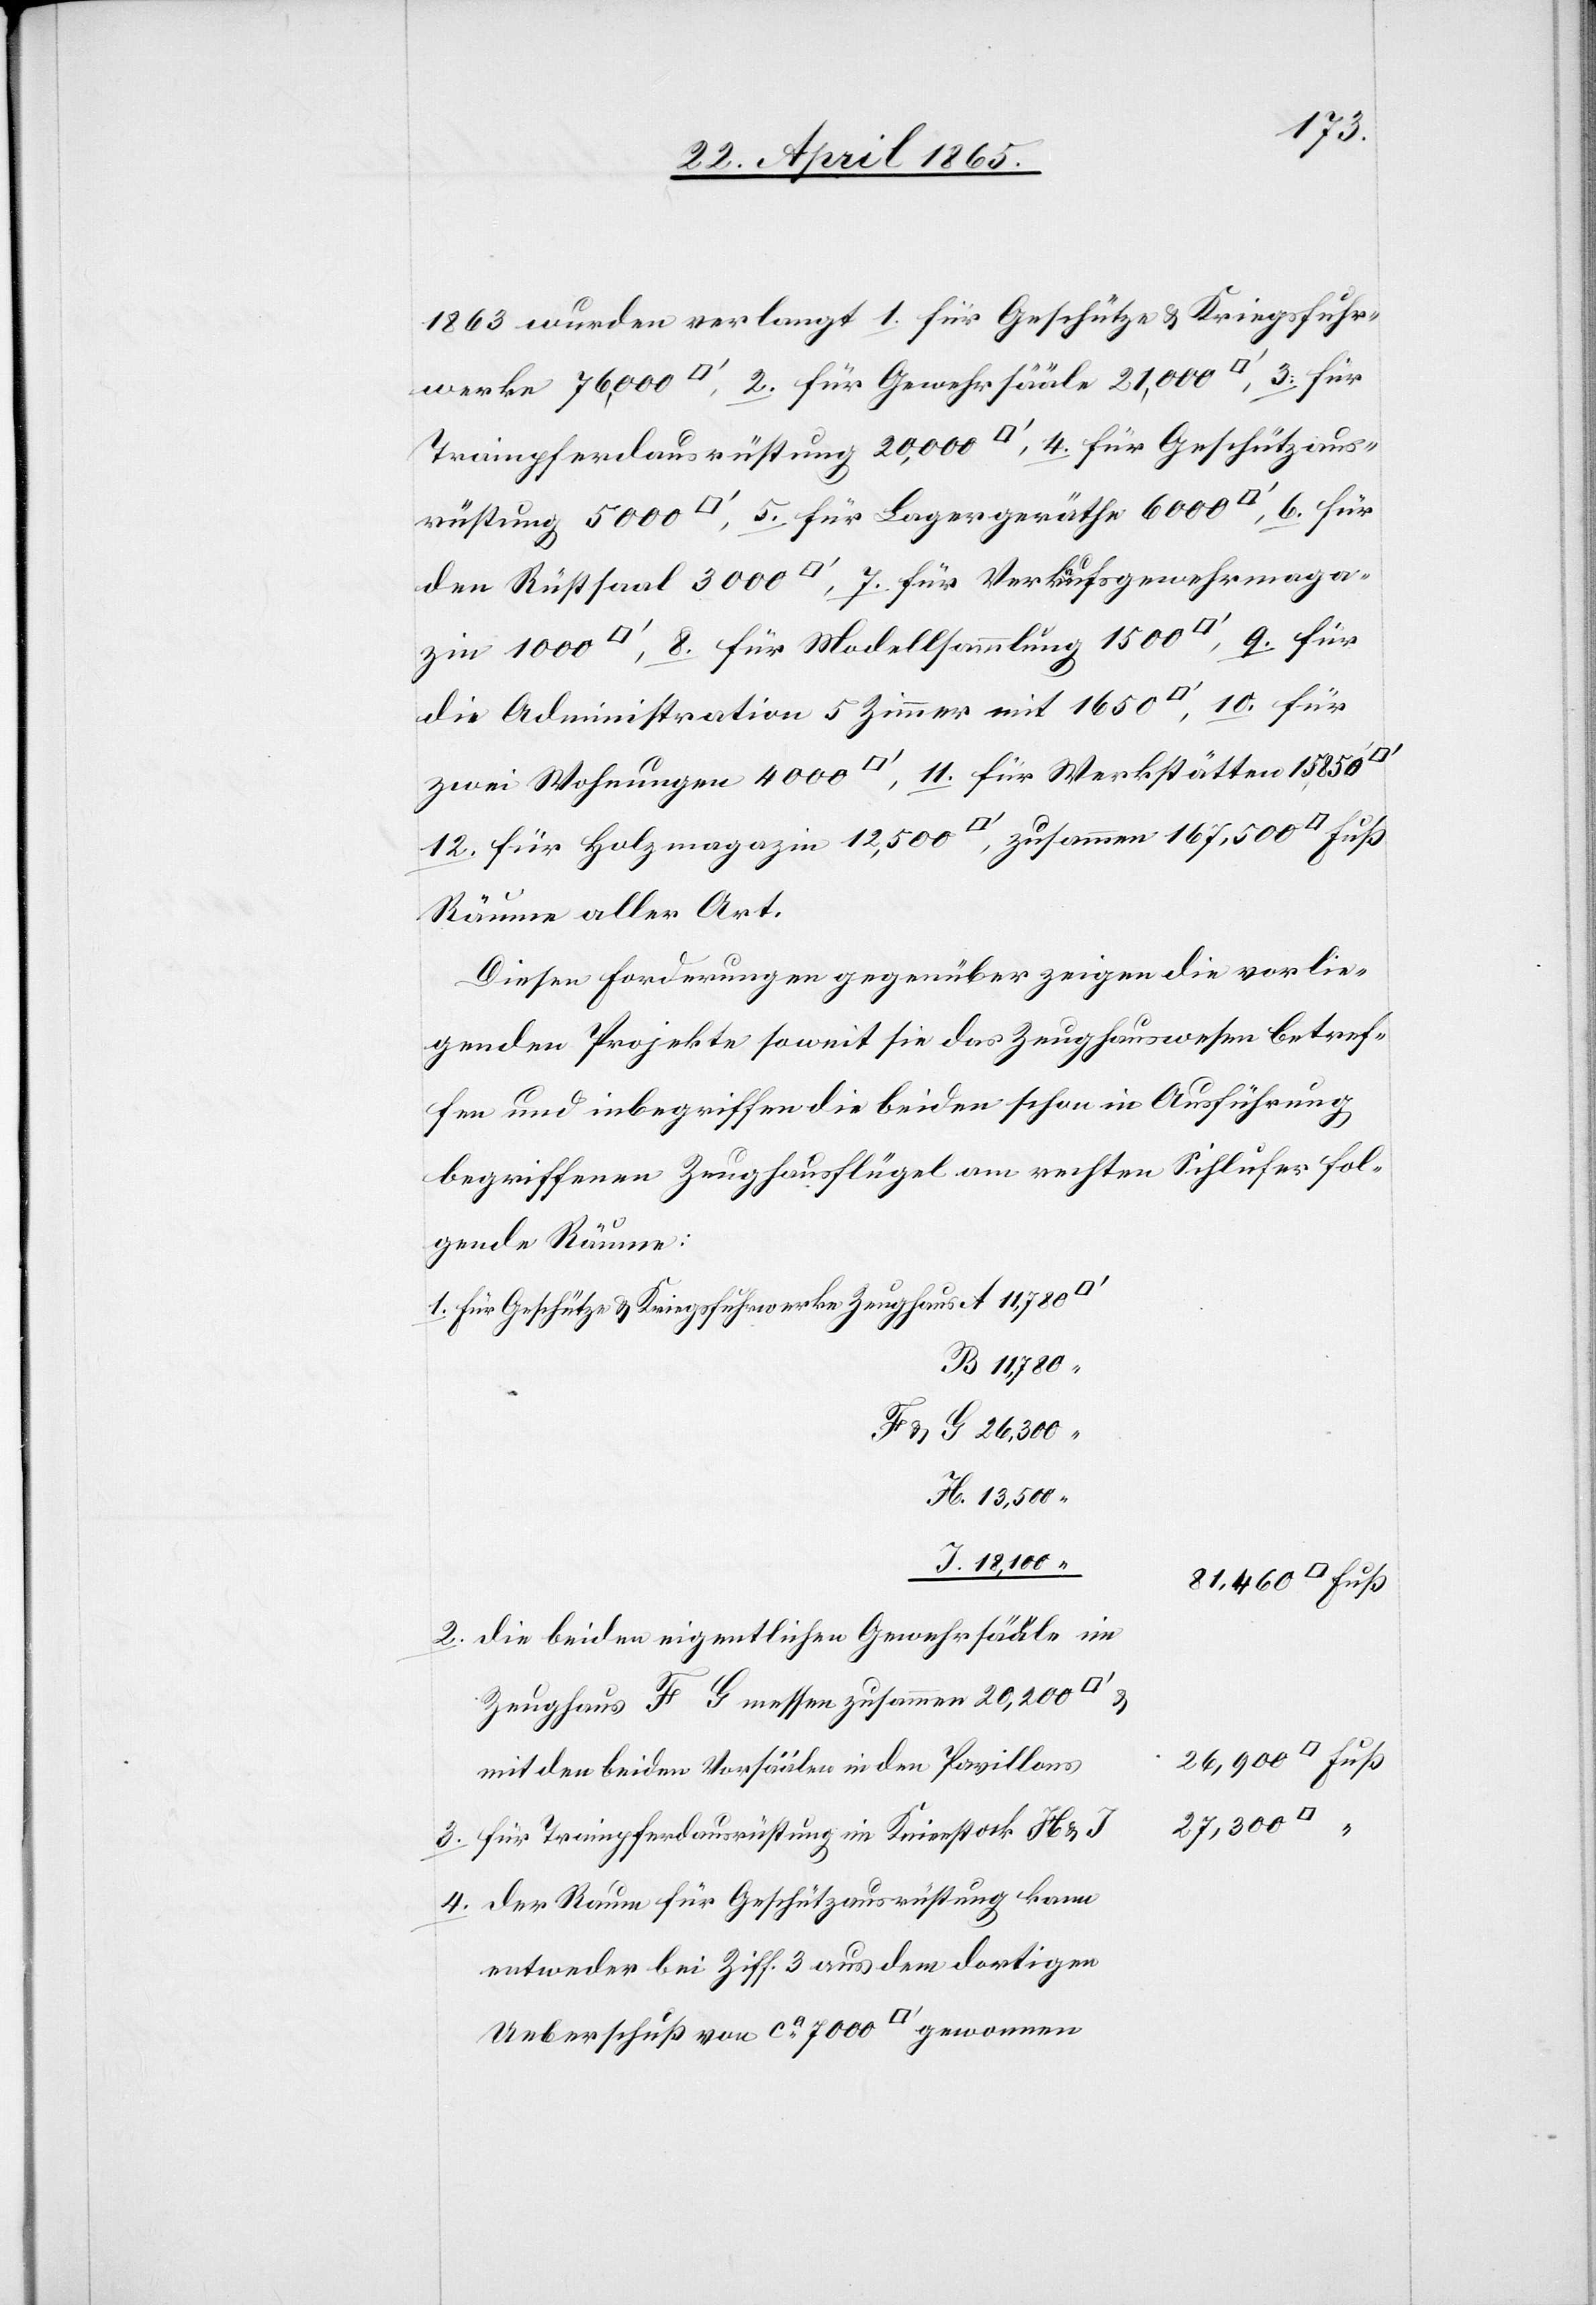
rüstung
1863 wurden verlangt 1. für Geschütze & Kriegsfuhr¬
Trainpferdausrüstung 20,000 [Quadratfuss], 4. für Geschützaus¬
den Rüstsaal 3000 [Quadratfuss], 7. für Verkaufsgewehrmaga¬
die Administration 5 Zimmer mit 1650 [Quadratfuss], 10. für
zwei Wohnungen 4000 [Quadratfuss], 11. für Werkstätten 15,850
12. für Holzmagazin 12,500 [Quadratfuss], zusammen 167,500
4.
Räume aller Art.
Diesen Forderungen gegenüber zeigen die vorlie¬
genden Projekte soweit sie das Zeughauswesen betref¬
fen und inbegriffen die beiden schon in Ausführung
begriffenen Zeughausflügel am rechten Sihlufer fol¬
gende Räume:
für Geschütze & Kriegsfuhrwerke Zeughaus A 11,780
B 11,780
& G 26,300 “
H. 13,500 “
J. 18,100 “
die beiden eigentlichen Gewehrsääle im
Zeughaus F [&] G messen zusammen 20,200
mit den beiden Vorsäälen in den Pavillons
27,300
für Trainpferdausrüstung im Knieestock H &
der Raum für Geschützausrüstung kann
entweder bei Ziff. 3 aus dem dortigen
Ueberschuß von ca 7000 [Quadratfuss] gewonnenen